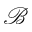
\mathcal { B }